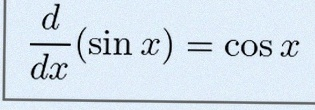
\frac{d}{dx}(\sin x)=\cos x